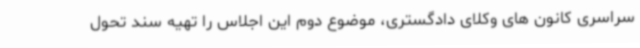
سراسری کانون های وکلای دادگستری، موضوع دوم این اجلاس را تهیه سند تحول